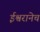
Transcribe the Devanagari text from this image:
ईश्वरानेच